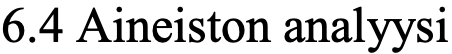
6.4 Aineiston analyysi